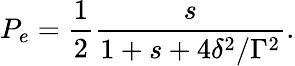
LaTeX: P_{e}=\frac{1}{2}\frac{s}{1+s+4\delta^{2}/\Gamma^{2}}.